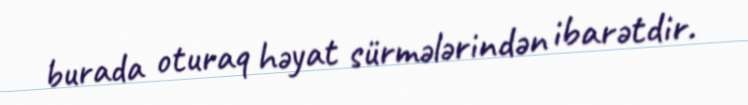
burada oturaq həyat sürmələrindən ibarətdir.